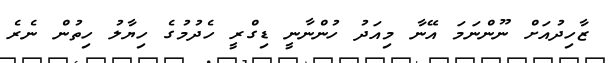
ޒާހިދުއަށް ނޫންނަމަ އޭނާ މިއަދު ހުންނާނީ ޑިގްރީ ހެދުމުގެ ހިޔާލު ހިތުން ނެރެ